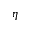
\eta